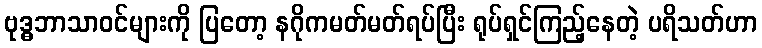
ဗုဒ္ဓဘာသာဝင်များကို ပြတော့ နဂိုကမတ်မတ်ရပ်ပြီး ရုပ်ရှင်ကြည့်နေတဲ့ ပရိသတ်ဟာ